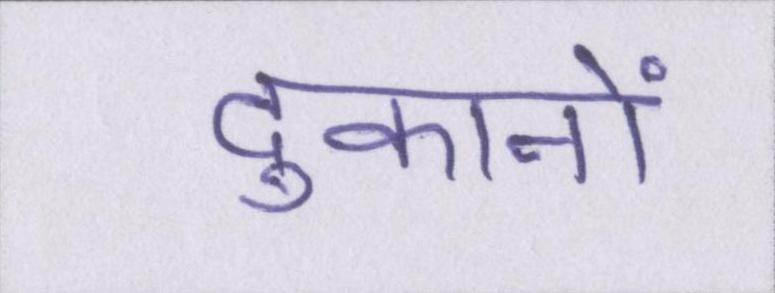
दुकानों